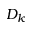
D _ { k }